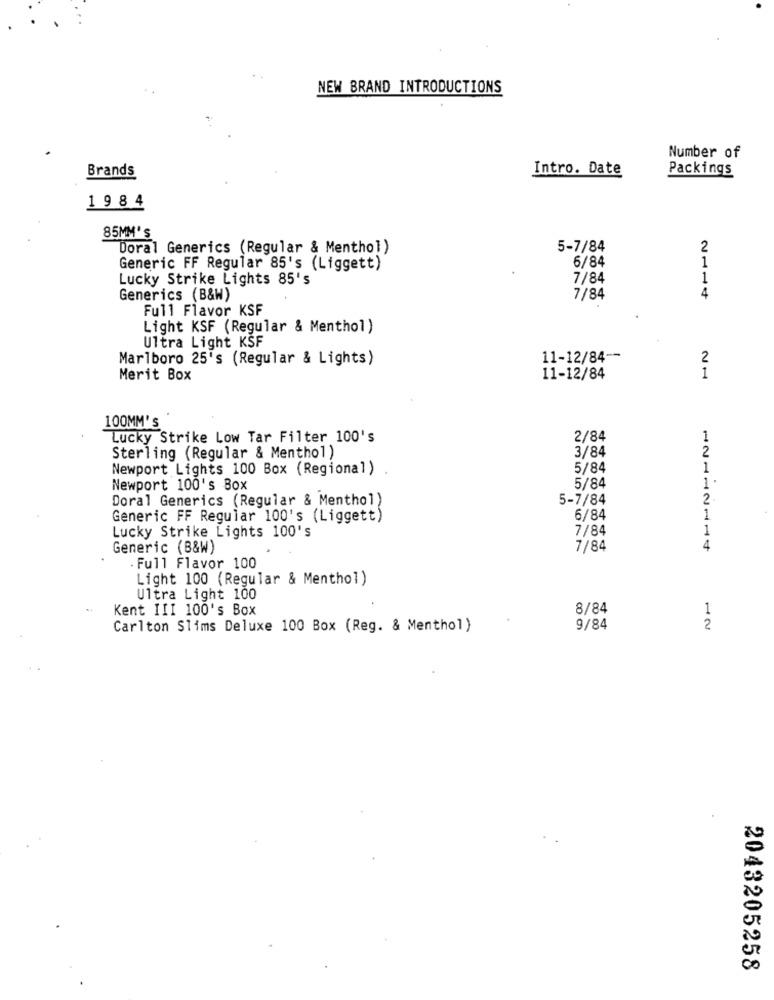
NEW BRAND INTRODUCTIONS
Number of
Brands
Intro. Date
Packings
19 8 4
85MM'S
Doral Generics (Regular & Menthol)
5-7/84
2
1
Generic FF Regular 85's (Liggett)
6/84
Lucky Strike Lights 85's
7/84
1
Generics (B&W)
7/84
4
Full Flavor KSF
Light KSF (Regular & Menthol)
Ultra Light KSF
Marlboro 25's (Regular & Lights)
11-12/84 --
2
Merit Box
11-12/84
1
100MM's
Lucky Strike Low Tar Filter 100's
2/84
1
3/84
2
Sterling (Regular & Menthol)
Newport Lights 100 Box (Regional)
5/84
1
1
Newport 100's Box
5/84
Doral Generics (Regular & Menthol)
5-7/84
2
Generic FF Regular 100's (Liggett)
6/84
1
7/84
1
Lucky Strike Lights 100's
Generic (B&W)
7/84
4
. Full Flavor 100
Light 100 (Regular & Menthol)
Ultra Light 100
Kent III 100's Box
8/84
1
Carlton Slims Deluxe 100 Box (Reg. & Menthol)
9/84
2
2043205258